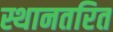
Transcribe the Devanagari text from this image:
स्थानतरित